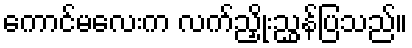
ကောင်မလေးက လက်ညှိုးညွှန်ပြသည်။